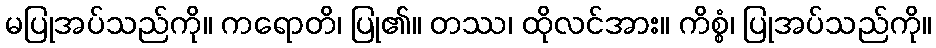
မပြုအပ်သည်ကို။ ကရောတိ၊ ပြု၏။ တဿ၊ ထိုလင်အား။ ကိစ္စံ၊ ပြုအပ်သည်ကို။